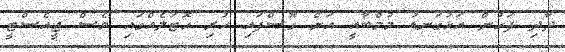
ދާދި ފަހުން އަޅުގަނޑު މުމްބާއީ އަށް ގޮސްފައި ހުރި ހޮޓަލެއްގައި ވެސް ޖީއެސްޓީ